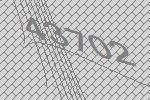
43702